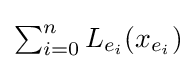
{\textstyle \sum _{i=0}^{n}L_{e_{i}}(x_{e_{i}})}